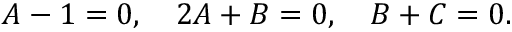
A - 1 = 0 , \quad 2 A + B = 0 , \quad B + C = 0 .